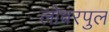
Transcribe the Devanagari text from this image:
लोवरपुल